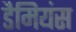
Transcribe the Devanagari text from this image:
डैमियंस